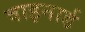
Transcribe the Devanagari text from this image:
वाइनार्ड